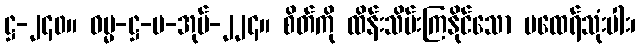
ဋ္ဌ-၂၄၀။ ဓမ္မ-ဋ္ဌ-ပ-အုပ်-၂၂၄။ စိတ်ကို ထိန်းသိမ်းကြနိုင်သော မထေရ်သုံးပါး၊